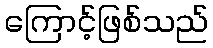
ကြောင့်ဖြစ်သည်